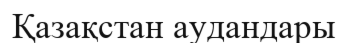
Қазақстан аудандары